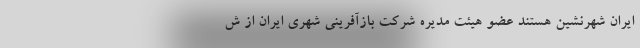
ایران شهرنشین هستند عضو هیئت مدیره شرکت بازآفرینی شهری ایران از ش